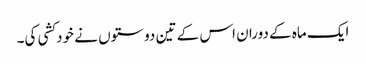
ایک ماہ کے دوران اس کے تین دوستوں نے خودکشی کی۔